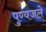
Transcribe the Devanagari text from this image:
पुण्यजले